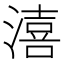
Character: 㵙